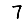
Digit: 7